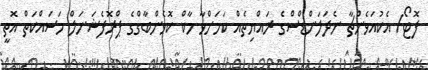
ފޮޓޯ/ އެކުއަވެންޗާ ނެދަލަންޑްސްގެ ރަައްޔިތެއް ކަމަށްވާ މާކް ކޮވެންބާގްގެ ޕްރޮފެޝަަނަލް މަސައްކަތް އޮތީ